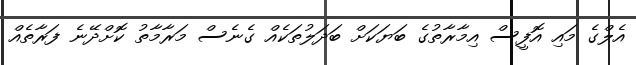
އެލްގެ މައި އޮފީސް އިމާރާތުގެ ބަޔަކަށް ބަދަލުތަކެއް ގެނެސް މަރާމާތު ކޮށްދޭނެ ފަރާތެއް